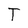
Character: T